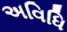
અવિધિ